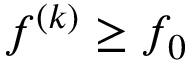
f ^ { ( k ) } \geq f _ { 0 }